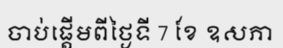
ចាប់ផ្តើមពីថ្ងៃទី 7 ខែ ឧសភា